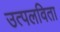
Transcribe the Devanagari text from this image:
उत्पलविता